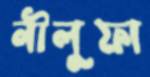
নীলুফা